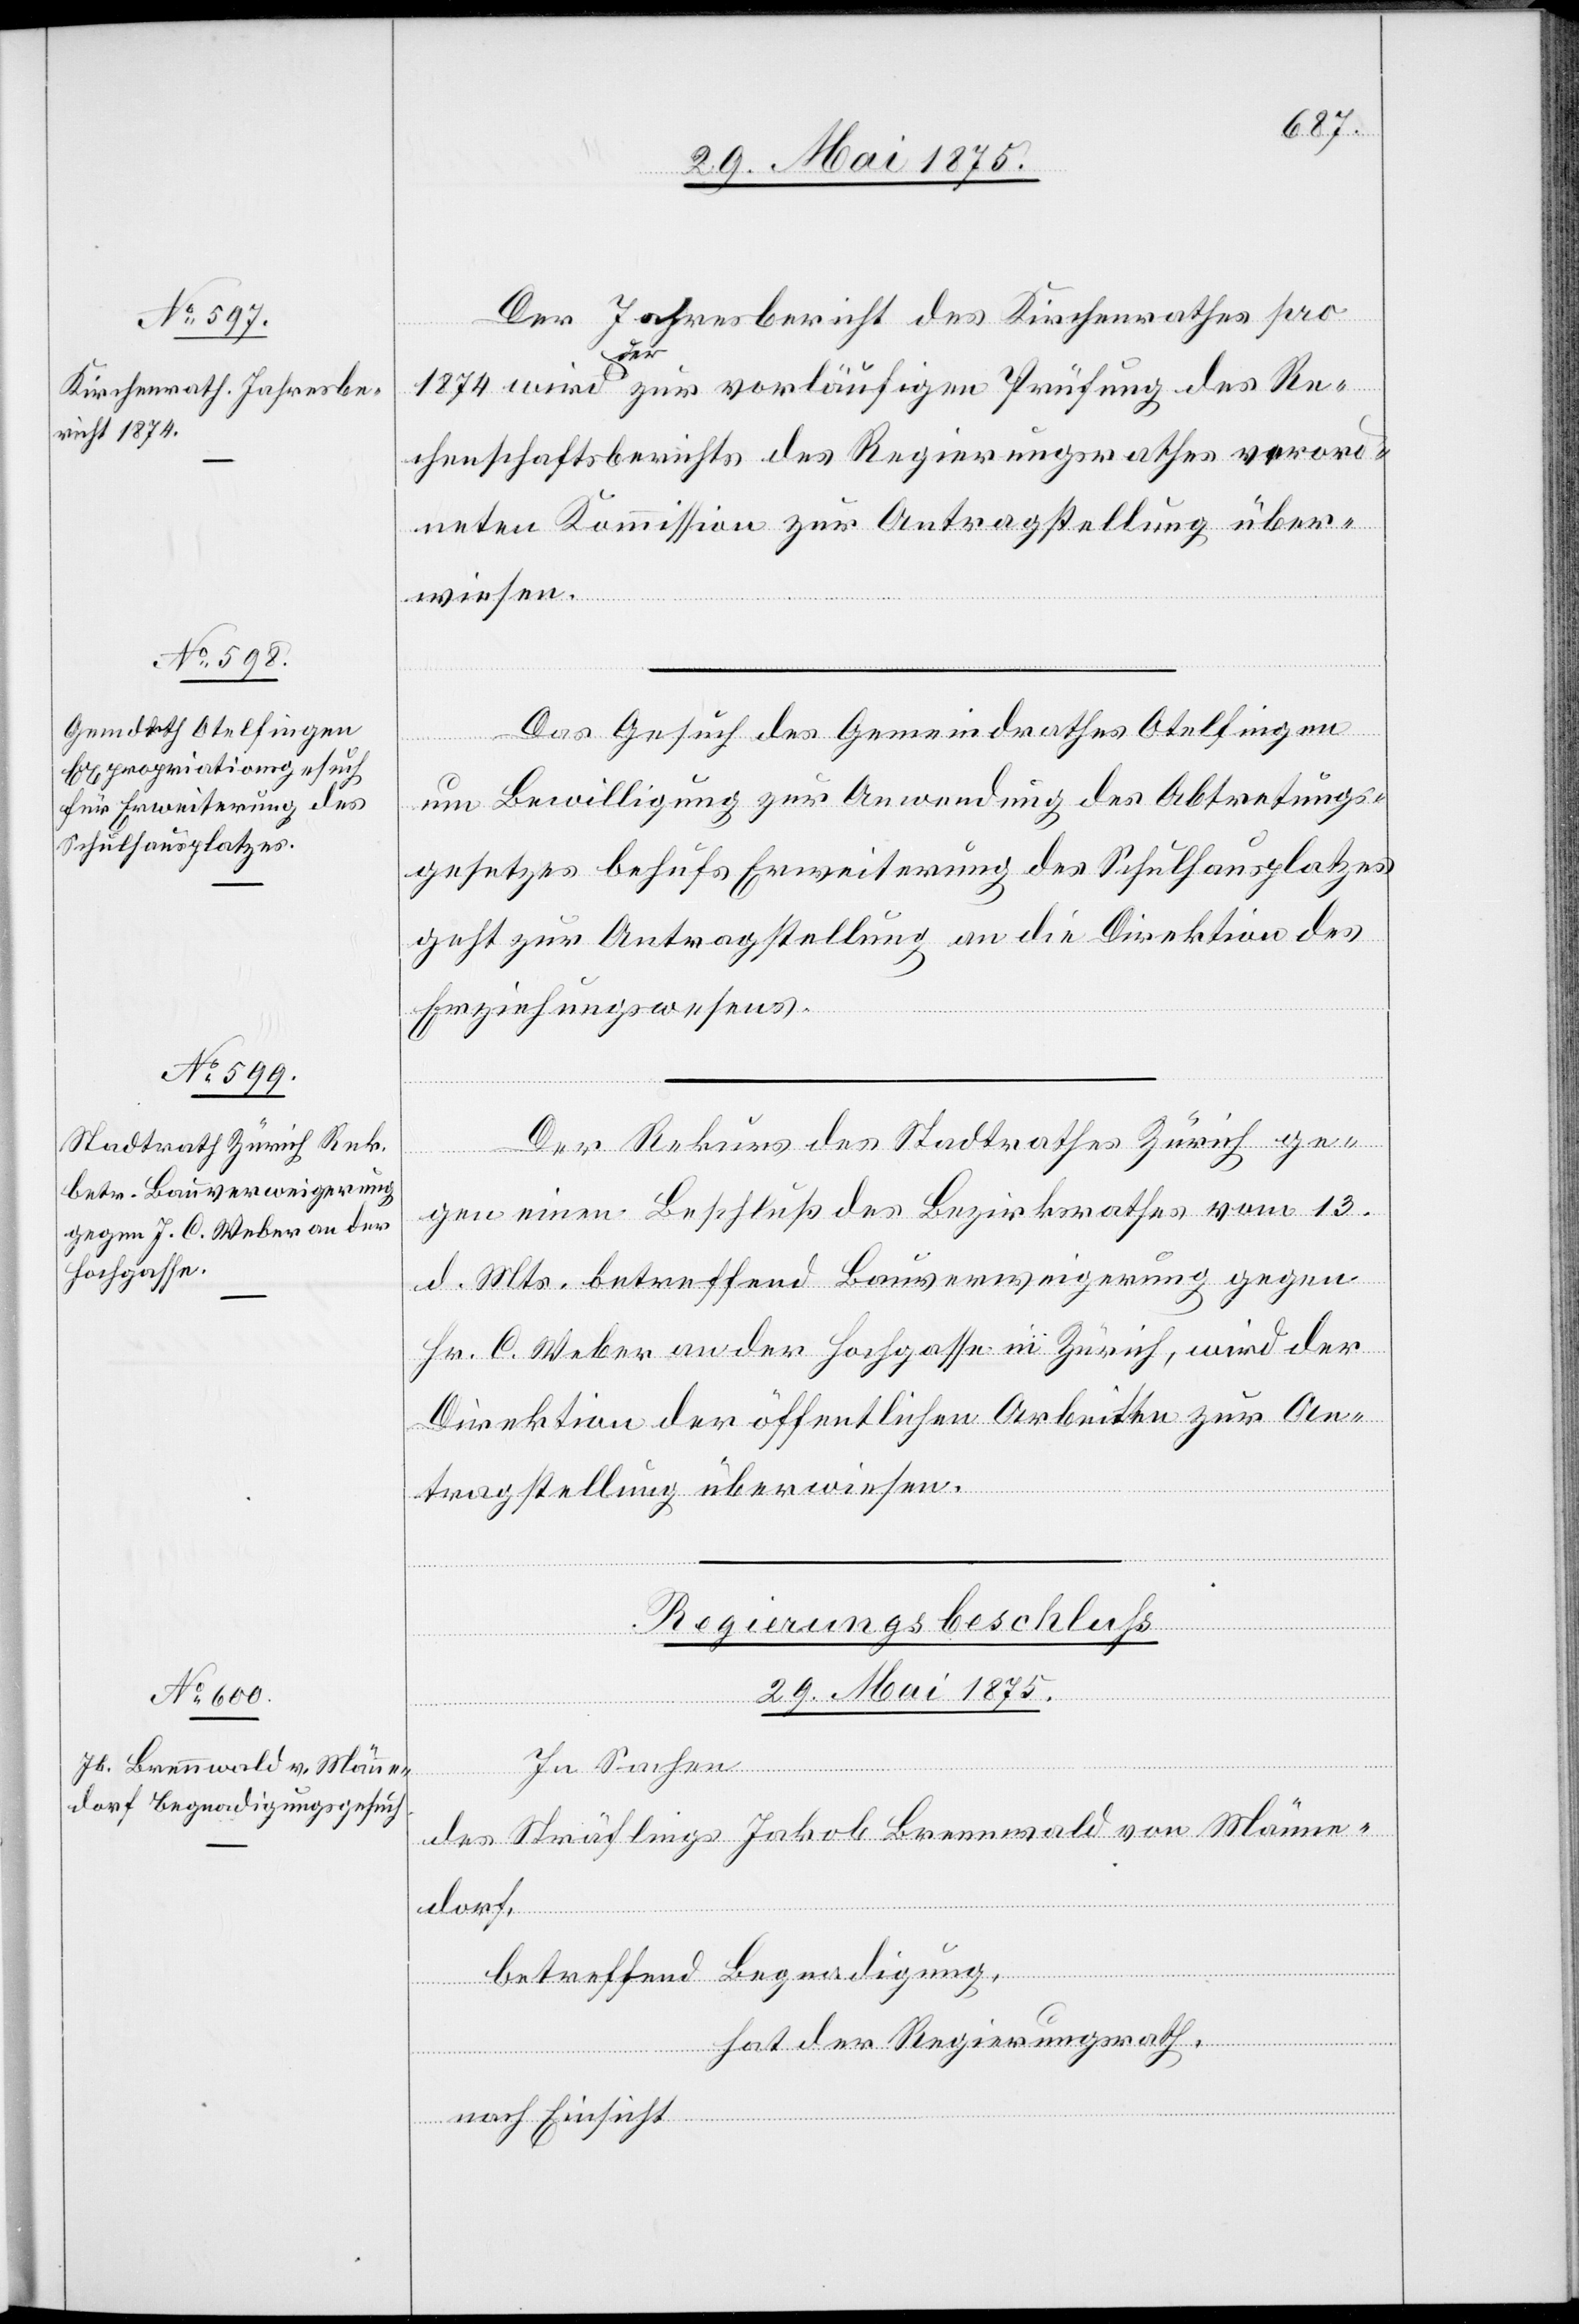
1875]
Der Jahresbericht des Kirchenrathes pro
Juni
1874 wird der zur vorläufigen Prüfung des Re¬
chenschaftsberichts des Regierungsrathes verord¬
neten Kommission zur Antragstellung über¬
wiesen.
Das Gesuch des Gemeindrathes Otelfingen
4.
um Bewilligung zur Anwendung des Abtretungs¬
gesetzes behufs Erweiterung des Schulhausplatzes
geht zur Antragstellung an die Direktion des
Erziehungswesens.
Der Rekurs des Stadtrathes Zürich ge¬
gen einen Beschluß des Bezirksrathes vom 13.
d. Mts. betreffend Bauverweigerung gegen
Hr. C. Weber an der Hochgasse in Zürich, wird der
Direktion der öffentlichen Arbeiten zur An¬
tragstellung überwiesen.
Regierungsbeschluss
29. Mai 1875.
In Sachen
des Sträflings Jakob Brennwald von Männe¬
dorf,
betreffend Begnadigung,
hat der Regierungsrath,
nach Einsicht